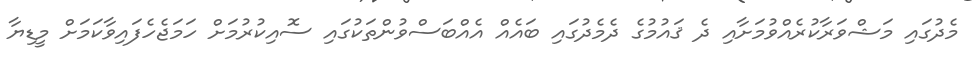
މެދުގައި މަޝްވަރާކުރެއްވުމަށާއި ދެ ޤައުމުގެ ދެމެދުގައި ބައެއް އެއްބަސްވުންތަކުގައި ސޮއިކުރުމަށް ހަމަޖެހެފައިވާކަމަށް މީޑިޔާ